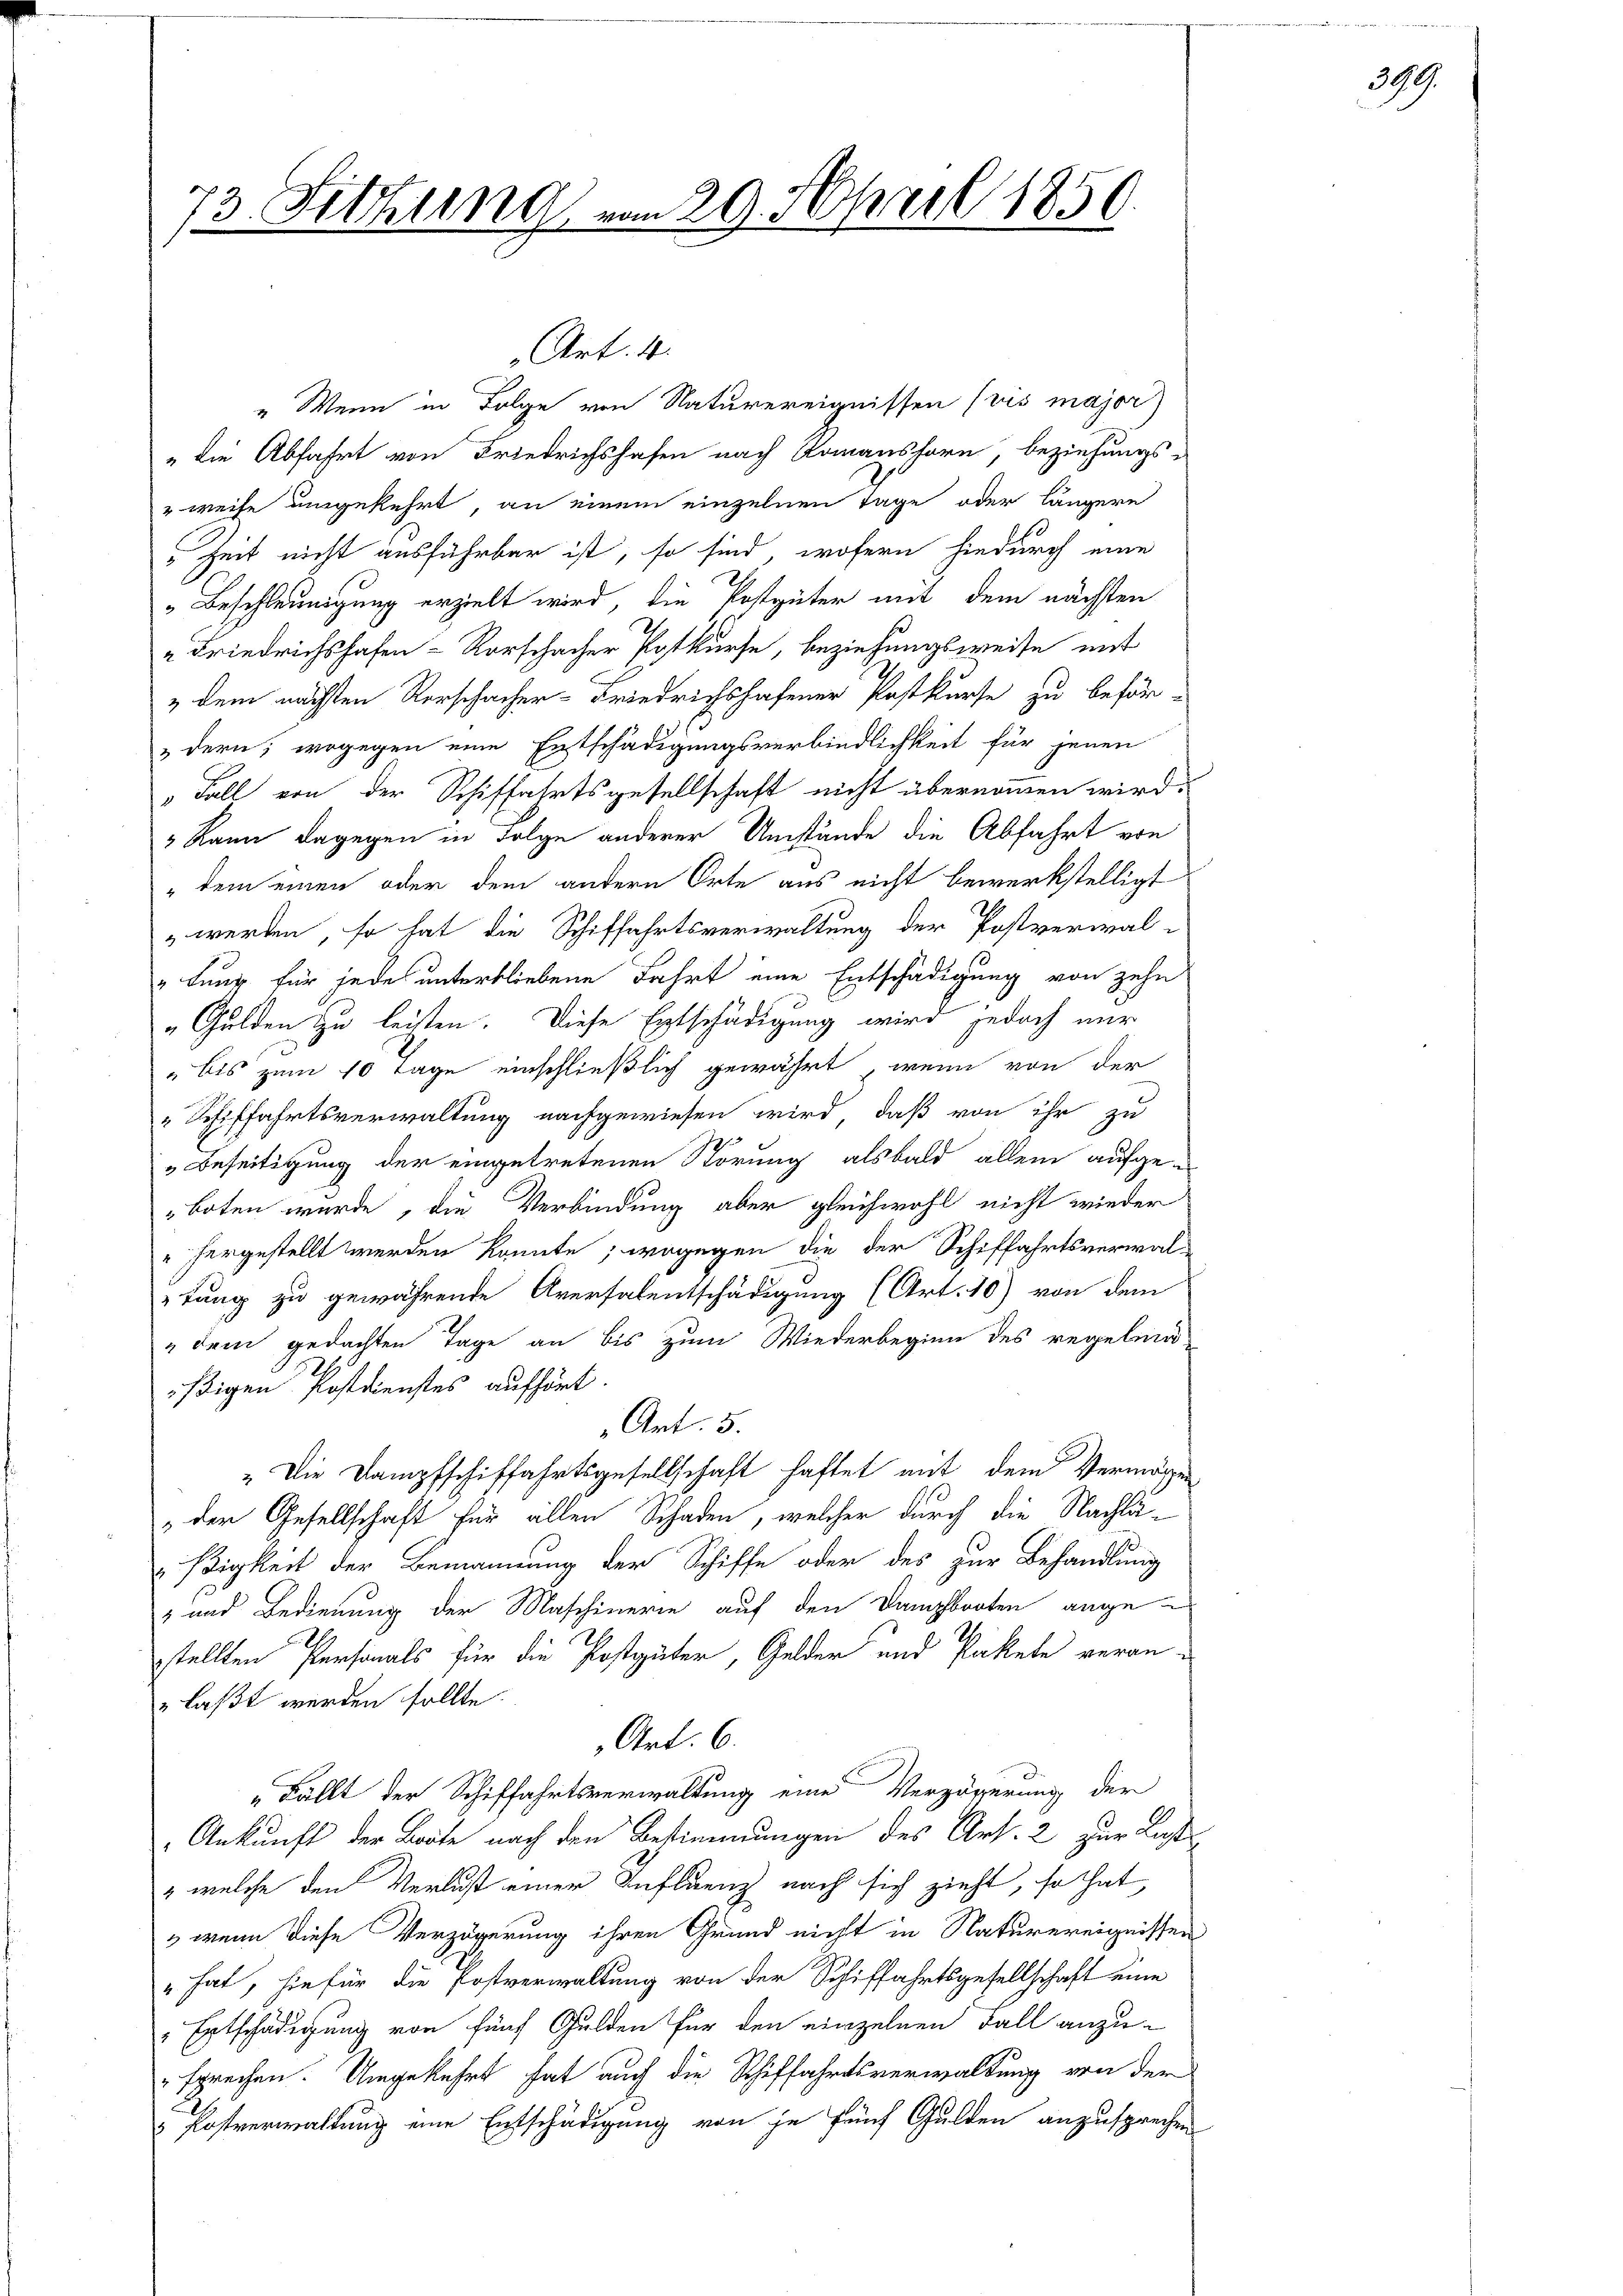
73. Sitzung vom 29. April 1856

" Wenn in Folge von Naturereignissen (vis major
"die Abfahrt von Friedrichshofen nach Romanshorn, beziehungs-
" weise umgekehrt, an einem einzelnen Tage oder längere
Zeit nicht ausführbar ist, so sind, wofern hiedurch eine
" Beschleunigung erzielt wird, die Postgüter mit dem nächsten
" Friedrichshofen-Vorschacher Postkurse, beziehungsweise mit
" dem nächsten Verschacher-Friedrichshofener Postkurse zu beför-
dern; wogegen eine Entschädigungsverbindlichkeit für jenen
 Fall von der Schiffahrtsgesellschaft nicht übernommen wird.
" kann dagegen in Folge anderer Umstände die Abfahrt von
" dem einen oder dem andern Orte aus nicht bewerkstelligt
werken, so hat die Schiffahrtsverwaltung der Postverwal-
" teur für jede unterbliebene Fahrt eine Entschädigung von zehn
"Gulden zu leisten. Diese Entschädigung wird jedoch nur
 bis zum 10 Tage einschließlich gewährt, wenn von der
" Schiffahrtsverwaltung nachgewiesen wird, daß von ihr zu
72
Beseitigung der eingetretenen Störung alsbald allein aufge-
boten wurde, die Verbindung aber gleichwohl nicht wieder
" hergestellt werden könnte; wogegen die der Schiffahrtsverwal-
tung zu gewährende Aversalentschädigung (Art. 10) von dem
" dem gedachten Tage an bis zum Wiederbeginn des regelmä
ißigen Postdienstes aufhört.
Art. 5.
" Die Dampfschiffahrtsgesellschaft haftet mit dem Vermögen
der Gesellschaft für allen Schaden, welcher durch die Nachla-
ßigkeit der Bemannung der Schiffe oder des zur Behandlung
 und Bedienung der Maschinerie auf den Dampfbooten ange-
stellten Personals für die Postgüter, Gelder und Pakete veran¬
"laßt werden sollte.
Art. 6.
"Fällt der Schiffahrtsverwaltung eine Verzögerung der
Ankunft der Borte nach den Bestimmungen des Art. 2 zur Laste
» welche den Verlust einer Influenz nacht sich zieht, so hat
„ wenn diese Verzögerung ihren Grund nicht in Naturereignissen
" hat, hiefür die Postverwaltung von der Schiffahrtsgesellschaft eine
Entschädigung von fünf Gulden für den einzelnen Fall anzusprechen. Umgekehrt hat auch die Schiffahrtsverwaltung von der
Postverwaltung eine Entschädigung von je fünf Gulden anzusprechen

Art. 4.

399.